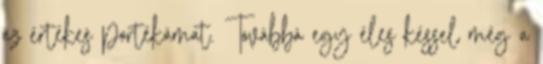
az értékes portékámat. Továbbá egy éles késsel még a